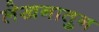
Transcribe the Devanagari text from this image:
लेखनातुन